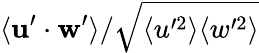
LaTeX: \langle\mathbf{u}^{\prime}\cdot\mathbf{w}^{\prime}\rangle/\sqrt{\langle u^{\prime 2}\rangle\langle w^{\prime 2}\rangle}